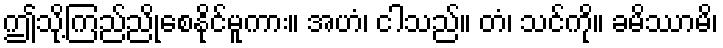
ဤသို့ကြည်ညိုစေနိုင်မူကား။ အဟံ၊ ငါသည်။ တံ၊ သင်ကို။ ခမိဿာမိ၊